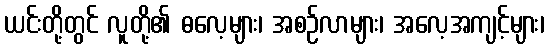
ယင်းတို့တွင် လူတို့၏ ဓလေ့များ၊ အစဉ်လာများ၊ အလေ့အကျင့်များ၊